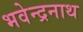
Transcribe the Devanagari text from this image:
भवेन्द्रनाथ